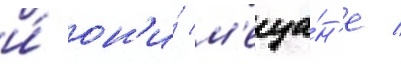
и́ он'и́ м'еща́н'е /